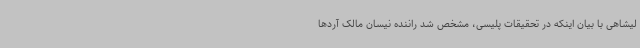
لیشاهی با بیان اینکه در تحقیقات پلیسی، مشخص شد راننده نیسان مالک آردها